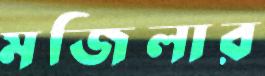
মজিলার